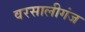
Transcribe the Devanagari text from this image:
वरसालीगंज